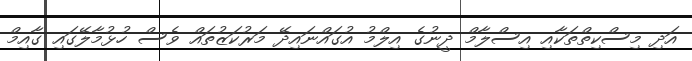
އަދި މިސްކިތްތަކާއި އިސްލާމް ދީނުގެ އިލްމު އުގައްނައިދޭ މަރުކަޒުތައް ވެސް ހުޅުމާލޭގައި ގާއިމް